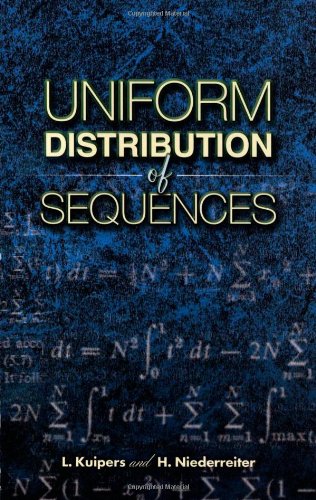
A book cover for Uniform Distribution of Sequences (Dover Books on Mathematics); L. Kuipers; Science & Math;